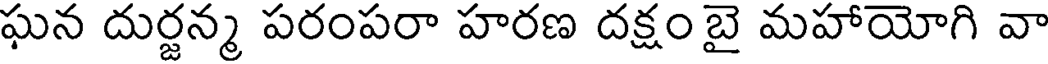
ఘన దుర్జన్మ పరంపరా హరణ దక్షం బై మహాయోగి వా